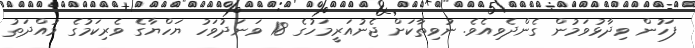
ފަހުން ވިދާޅުވަމުން ގެންދެވިއެވެ. ނުވިތާކަށް ޖެނުއަރީމަހުގެ 18 ވަނަދުވަހު ޔަހްޔާގެ ވެރިކަމުގެ މުއްދަތު